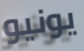
يونيو